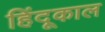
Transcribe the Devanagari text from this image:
हिंदूकाल